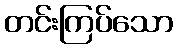
တင်းကြပ်သော